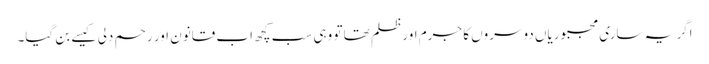
اگر یہ ساری مجبوریاں دوسروں کا جرم اور ظلم تھا تو وہی سب کچھ اب قانون اور رحم دلی کیسے بن گیا۔